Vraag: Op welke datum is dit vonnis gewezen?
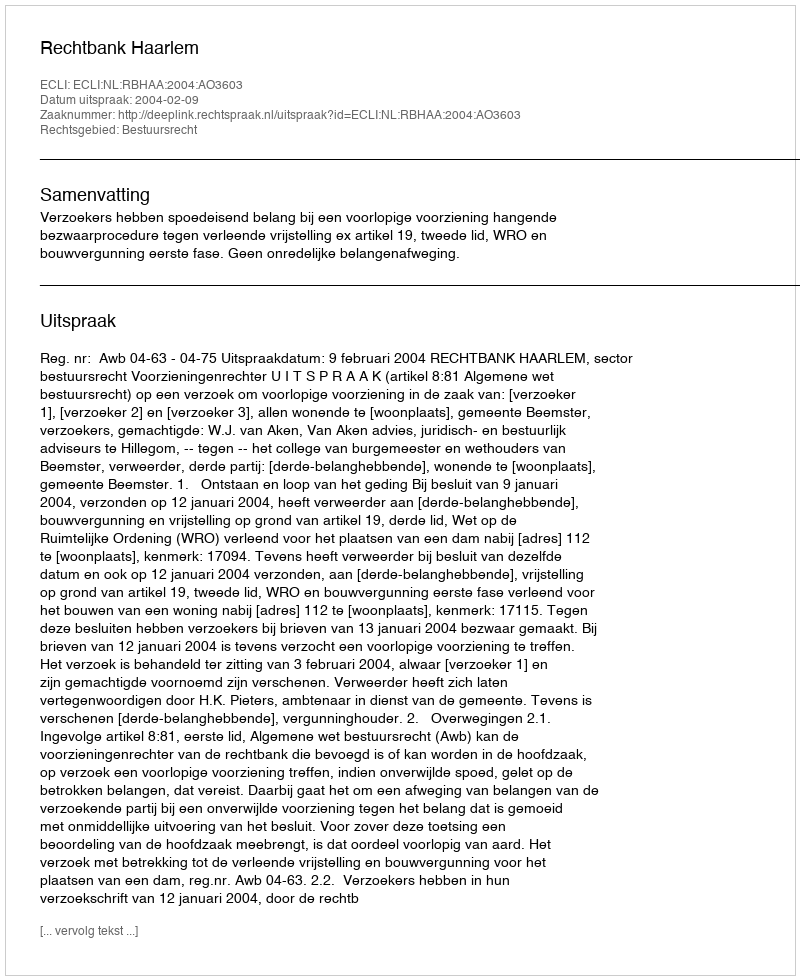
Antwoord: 2004-02-09